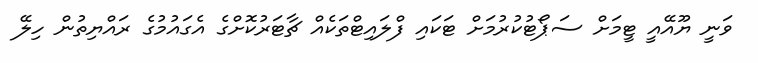
ވަނީ ޔޫއޭއީ ޓީމަށް ސަޕޯޓުކުރުމަށް ޓަކައި ފްލައިޓްތަކެއް ޗާޓަރުކޮށްގެ އެގައުމުގެ ރައްޔިތުން ހިލޭ